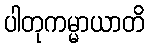
ပါတုကမ္မာယာတိ